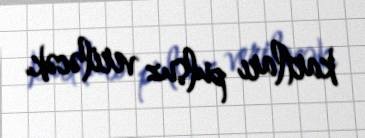
kartları pulsuz veriləcək.